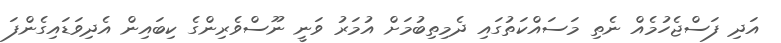
އަދި ފަސްޖެހުމެއް ނެތި މަސައްކަތުގައި ދެމިތިބުމަށް އުމަރު ވަނީ ނޫސްވެރިންގެ ކިބައިން އެދިވަޑައިގެންފަ